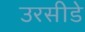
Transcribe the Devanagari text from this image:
उरसीडे